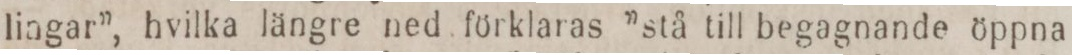
lingar”, hvilka längre ned förklaras ”stå till begagnande öppna